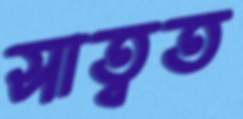
সাত্বত